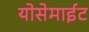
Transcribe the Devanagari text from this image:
योसेमाईट